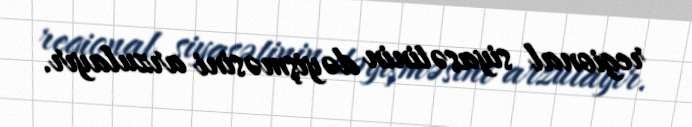
regional siyasətinin dəyişməsini arzulayır.